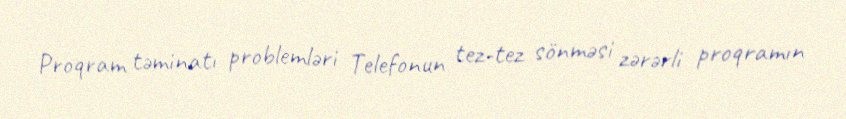
Proqram təminatı problemləri Telefonun tez-tez sönməsi zərərli proqramın